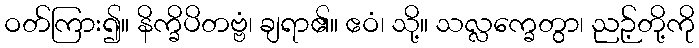
ဝတ်ကြား၍။ နိက္ခိပိတဗ္ဗံ၊ ချရာ၏။ ဧဝံ၊ သို့။ သလ္လက္ခေတွာ၊ ညဉ့်တို့ကို